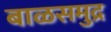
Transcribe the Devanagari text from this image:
बाळसमुद्र